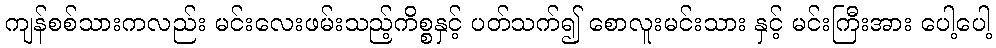
ကျန်စစ်သားကလည်း မင်းလေးဖမ်းသည့်ကိစ္စနှင့် ပတ်သက်၍ စောလူးမင်းသား နှင့် မင်းကြီးအား ပေါ့ပေါ့